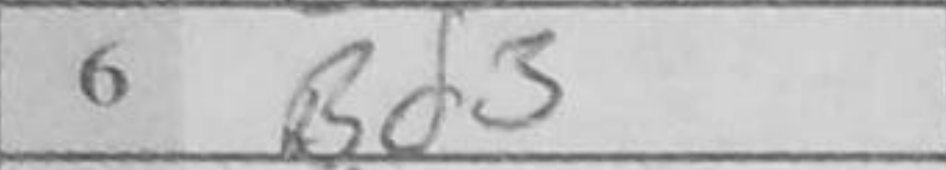
Transcription: Bd3